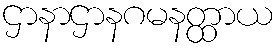
ဌာနာဌာနဂမနတ္ထာယ